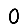
Digit: 0